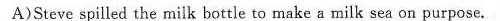
A)Steve spilled the milk bottle to make a milk sea on purpose.